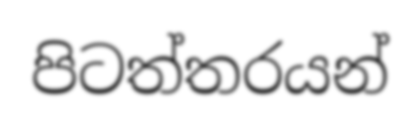
පිටත්තරයන්